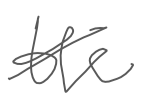
Text: the
Cross-out: diagonal
Writing tool: digital_gray